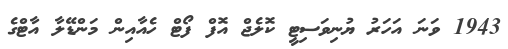
1943 ވަނަ އަހަރު ޔުނިވަސިޓީ ކޮލެޖް އޮފް ފޯޓް ހެއާއިން މަންޑޭލާ އާޓްގެ